Report of the Hyderabad Chloroform Commission
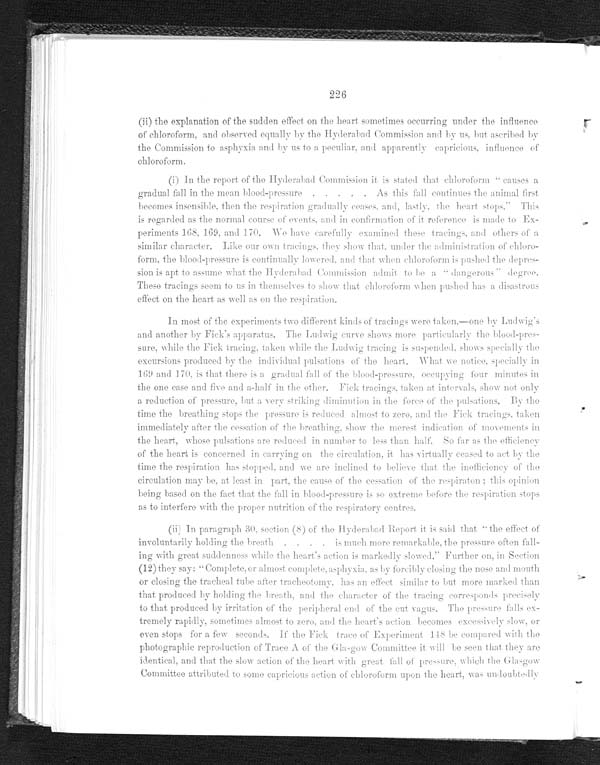
226
(ii) the explanation of the sudden effect on the heart sometimes occurring under the influence
of chloroform, and observed equally by the Hyderabad Commission and by us, but ascribed by
the Commission to asphyxia and by us to a peculiar, and apparently capricious, influence of
chloroform.
(i) In the report of the Hyderabad Commission it is stated that chloroform "causes a
gradual fall in the mean blood-pressure . . . . . As this fall continues the animal first
becomes insensible, then the respiration gradually ceases, and, lastly, the heart stops." This
is regarded as the normal course of events, and in confirmation of it reference is made to Ex-
periments 168, 169. and 170. We have carefully examined these tracings, and others of a
similar character. Like our own tracings, they show that, under the administration of chloro-
form, the blood-pressure is continually lowered. and that when chloroform is pushed the depres-
sion is apt to assume what the Hyderabad Commission admit to be a "dangerous" degree.
These tracings seem to us in themselves to show that chloroform when pushed has a disastrous
effect on the heart as well as on the respiration.
In most of the experiments two different kinds of tracings were taken,—one by Ludwig's
and another by Fick's apparatus. The Ludwig curve shows more particularly the blood-pres
- s u r e , w h i l e t h e F i c k t r a c i n g , t a k e n w h i l e t h e L u d w i g t r a c i n g i s s u s p e n d e d , s h o w s s p e c i a l l y t h e
excursions produced by the individual pulsations of the heart. What we notice, specially in
169 and 170. is that there is a gradual fall of the blood-pressure, occupying four minutes in
the one case and five and a-half in the other. Fick tracings, taken at intervals, show not only a
reduction of pressure, but a very striking diminution in the force of the pulsations. By the
time the breathing stops the pressure is reduced almost to zero, and the Fick tracings, taken
immediately after the cessation of the breathing, show the merest indication of movements in
the heart, whose pulsations are reduced in number to less than half. So far as the efficiency
of the heart is concerned in carrying on the circulation, it has virtually ceased to act by the
time the respiration has stopped, and we are inclined to believe that the inefficiency of the
circulation may be. at least in part, the cause of the cessation of the respiraton; this opinion
being based on the fact that the fall in blood-pressure is so extreme before the respiration stops
as to interfere with the proper nutrition of the respiratory centres.
(ii) In paragraph 30. section (8) of the Hyderabad Report it is said that "the effect of
involuntarily holding the breath . . . . is much more remarkable, the pressure often fall-
ing with great suddenness while the heart's action is markedly slowed." Further on, in Section
( 12) t hey say: "Compl et e, or al most compl et e, asphyxi a, as by f or ci bl y cl osi ng t he nose and mout h
or closing the tracheal tube after tracheotomy, has an effect similar to but more marked than
that produced by holding the breath, and the character of the tracing corresponds precisely
to that produced by irritation of the peripheral end of the cut vagus. The pressure falls ex--
tremely rapidly, sometimes almost to zero, and the heart's action becomes excessively slow, or
even stops for a few seconds. If the Fick trace of Experiment 148 be compared with the
photographic reproduction of Trace A of the Glasgow Committee it will be seen that they are
Committee attributed to some capricious action of chloroform upon the heart, was undoubtedly